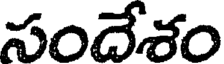
సందేశం